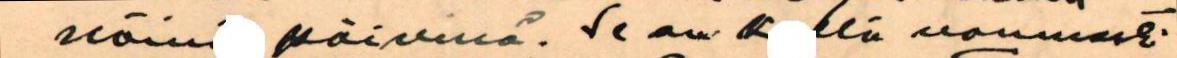
näin päivinä. Se on k llä varmasti